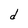
Character: d